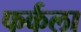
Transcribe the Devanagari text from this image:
फर्कला